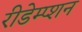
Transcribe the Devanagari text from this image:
रीडेम्प्शन